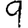
Digit: 9